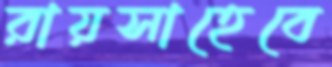
রায়সাহেবে